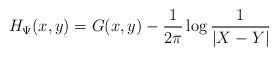
LaTeX: \begin{align*}H_\Psi(x,y)=G(x,y)-\frac{1}{2\pi}\log\frac{1}{|X-Y|}\end{align*}